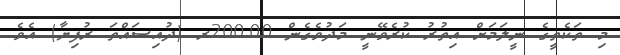
މި ތަކެތީގެ ނީލަމަށް އިތުރު ކުރެވޭނީ މަދުވެގެން 200.00ރ (ދުއިސައްތަ ރުފިޔާ) އެވެ.